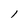
Character: 1